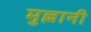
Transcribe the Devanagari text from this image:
मुल्लानी